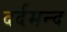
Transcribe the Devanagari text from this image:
दर्दमन्द